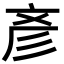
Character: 彥